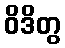
ဝိဒိတွ